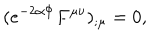
( e ^ { - 2 \alpha \Phi } F ^ { \mu \nu } ) _ { ; \mu } = 0 ,